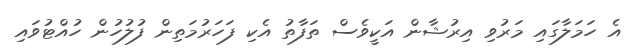
އެ ހަމަލާގައި މަރުވި އިރުޝާން އަކީވެސް ތަފާތު އެކި ފަހަރުމަތިން ފުލުހުން ހުއްޓުވައި